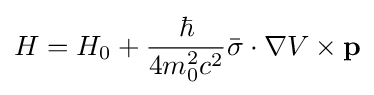
H=H_{0}+{\frac {\hbar }{4m_{0}^{2}c^{2}}}{\bar {\sigma }}\cdot \nabla V\times \mathbf {p}